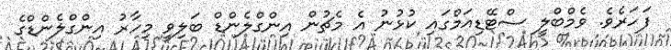
ފަހަރެވެ. ވެމްބްލީ ސްޓޭޑިއަމްގައި ކުޅުނު އެ މެޗުން އިންގްލެންޑް ބަލިވީ މިހާރު އިންގްލެންޑްގެ